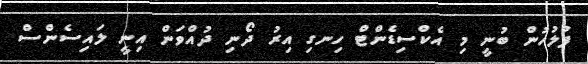
ފުލުހުން ބުނީ މި އެކްސިޑެންޓް ހިނގި އިރު ދޯނި ދުއްވަން އިނީ ލައިސެންސް